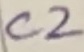
Text: C2